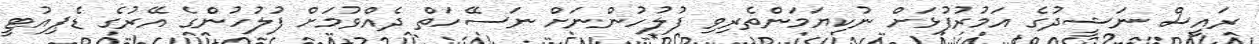
ރައީސް ނަޝީދުގެ އަމުރުފުޅަށް ނުކިޔަމަންތެރިވި ފުލުހުންނަށް ނަސޭހަތް ދެއްވުމަށް ފުލުހުންގެ އޭރުގެ ޑެޕިއުޓީ